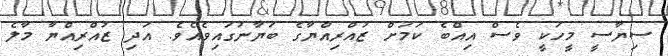
ސިޔާސީ މީހަކީ ވެސް އިއްބެ ކަމަށް ޒުއްރިއްޔާގެ ބަޔާނުގައިވެއެވެ. އަދި ޒުއްރިއްޔާ މާލެ